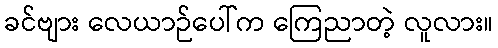
ခင်ဗျား လေယာဉ်ပေါ်က ကြေညာတဲ့ လူလား။